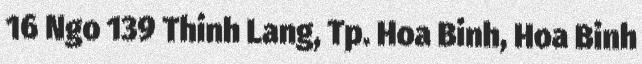
16 Ngo 139 Thinh Lang, Tp. Hoa Binh, Hoa Binh